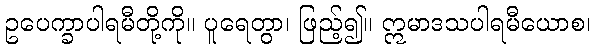
ဥပေက္ခာပါရမီတို့ကို။ ပူရေတွာ၊ ဖြည့်၍။ ဣမာဒသပါရမီယောစ၊